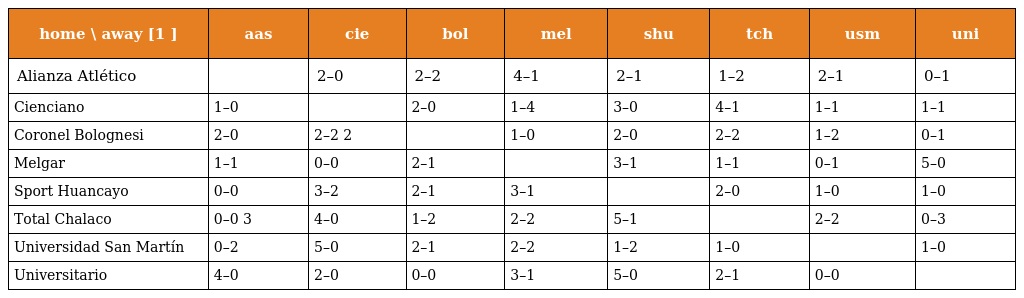
| home \ away [1 ] | aas | cie | bol | mel | shu | tch | usm | uni |
 | --- | --- | --- | --- | --- | --- | --- | --- | --- |
 | Alianza Atlético |  | 2–0 | 2–2 | 4–1 | 2–1 | 1–2 | 2–1 | 0–1 |
 | Cienciano | 1–0 |  | 2–0 | 1–4 | 3–0 | 4–1 | 1–1 | 1–1 |
 | Coronel Bolognesi | 2–0 | 2–2 2 |  | 1–0 | 2–0 | 2–2 | 1–2 | 0–1 |
 | Melgar | 1–1 | 0–0 | 2–1 |  | 3–1 | 1–1 | 0–1 | 5–0 |
 | Sport Huancayo | 0–0 | 3–2 | 2–1 | 3–1 |  | 2–0 | 1–0 | 1–0 |
 | Total Chalaco | 0–0 3 | 4–0 | 1–2 | 2–2 | 5–1 |  | 2–2 | 0–3 |
 | Universidad San Martín | 0–2 | 5–0 | 2–1 | 2–2 | 1–2 | 1–0 |  | 1–0 |
 | Universitario | 4–0 | 2–0 | 0–0 | 3–1 | 5–0 | 2–1 | 0–0 |  |